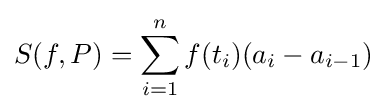
S(f,P)=\sum _{i=1}^{n}f(t_{i})(a_{i}-a_{i-1})